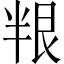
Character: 𠦯